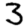
Digit: 3